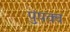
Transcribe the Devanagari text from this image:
पुंपक्व